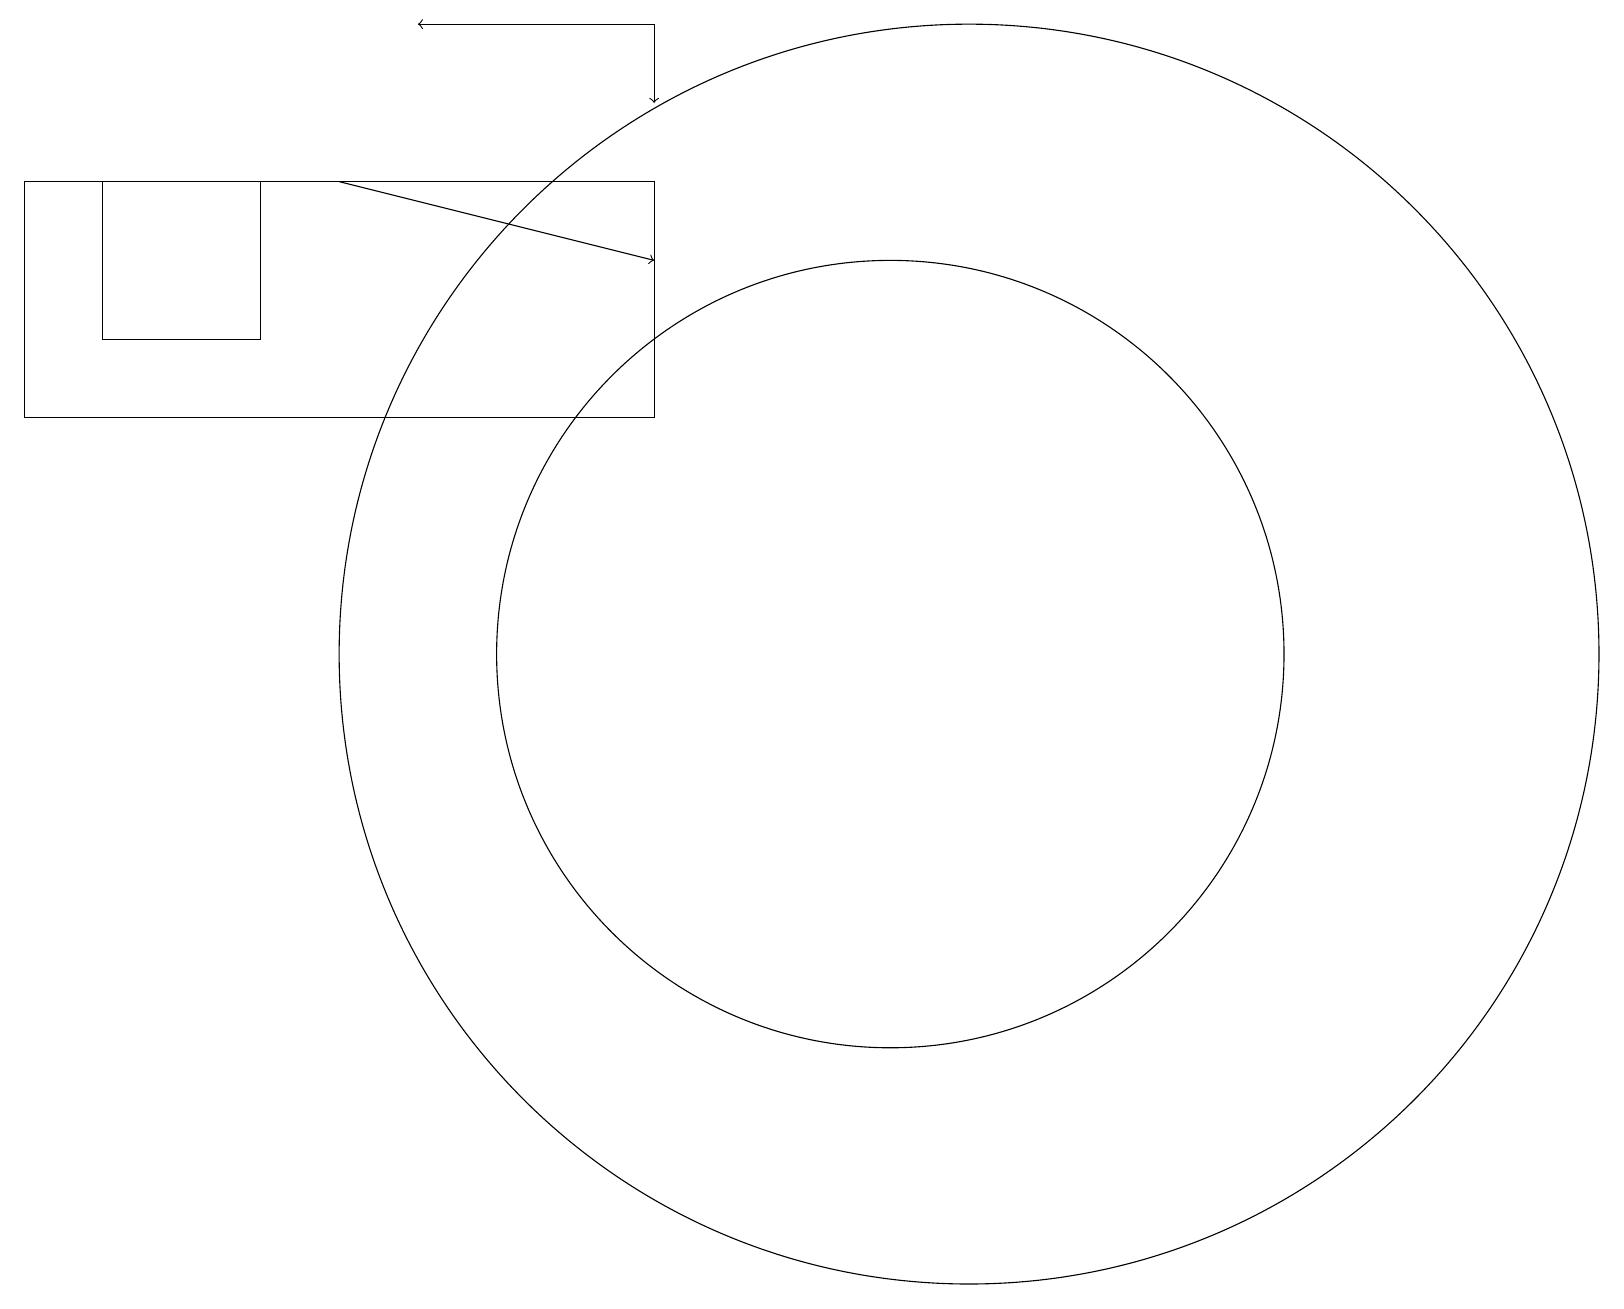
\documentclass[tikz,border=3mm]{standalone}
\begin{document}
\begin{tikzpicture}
\draw (11,11) circle (5);
\draw (8,14) rectangle (0,17);
\draw[->] (8,19) -- (8,18);
\draw[->] (8,19) -- (5,19);
\draw (1,17) rectangle (3,15);
\draw (12,11) circle (8);
\draw[->] (4,17) -- (8,16);
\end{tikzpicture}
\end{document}